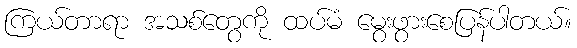
ကြယ်တာရာ အသစ်တွေကို ထပ်မံ မွေးဖွားစေပြန်ပါတယ်။